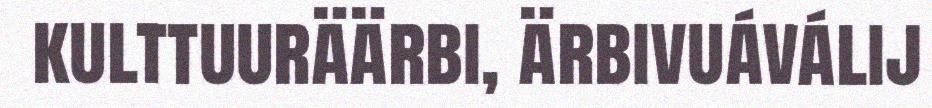
kulttuuräärbi, ärbivuáválij